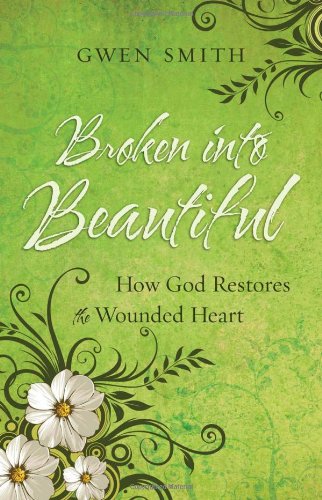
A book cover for Broken into Beautiful: How God Restores the Wounded Heart; Gwen Smith; Christian Books & Bibles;